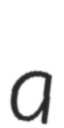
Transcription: a